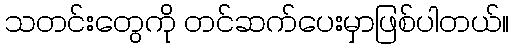
သတင်းတွေကို တင်ဆက်ပေးမှာဖြစ်ပါတယ်။